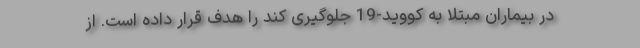
در بیماران مبتلا به کووید-19 جلوگیری کند را هدف قرار داده است. از